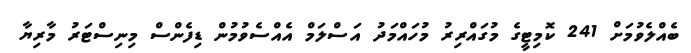
ބެއްލެވުމަށް 241 ކޮމިޓީގެ މުގައްރިރު މުހައްމަދު އަސްލަމް އެއްސެވުމުން ޑިފެންސް މިނިސްޓަރު މާރިޔާ